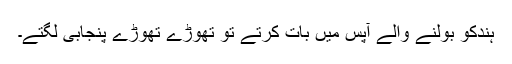
ہندکو بولنے والے آپس میں بات کرتے تو تھوڑے تھوڑے پنجابی لگتے۔